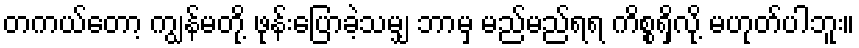
တကယ်တော့ ကျွန်မတို့ ဖုန်းပြောခဲ့သမျှ ဘာမှ မည်မည်ရရ ကိစ္စရှိလို့ မဟုတ်ပါဘူး။